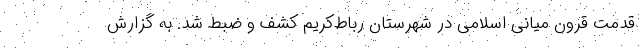
قدمت قرون میانی اسلامی در شهرستان رباط‌کریم کشف و ضبط شد. به گزارش